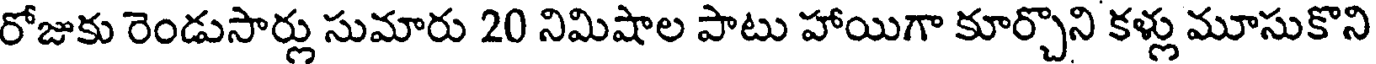
రోజుకు రెండుసార్లు సుమారు 20 నిమిషాల పాటు హాయిగా కూర్చొని కళ్లు మూసుకొని